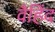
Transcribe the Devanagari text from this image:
वैहिंद